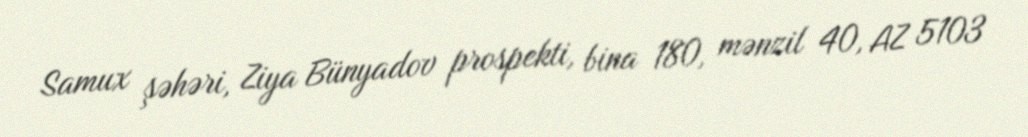
Samux şəhəri, Ziya Bünyadov prospekti, bina 180, mənzil 40, AZ 5103